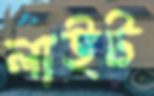
লাইট